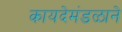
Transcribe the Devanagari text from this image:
कायदेमंडळाने